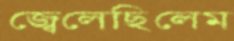
জ্বেলেছিলেম